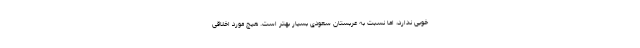
خوبی ندارد، اما نسبت به عربستان سعودی بسیار بهتر است. هیچ مورد اخلاقی